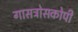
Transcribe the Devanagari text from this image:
गासत्रोसकोपी